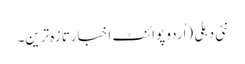
نئی دہلی (اُردو پوائنٹ اخبارتازہ ترین۔